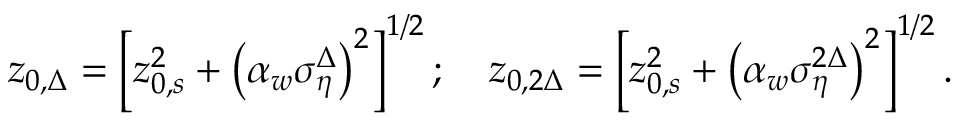
z _ { 0 , \Delta } = \left[ z _ { 0 , s } ^ { 2 } + \left( \alpha _ { w } \sigma _ { \eta } ^ { \Delta } \right) ^ { 2 } \right] ^ { 1 / 2 } ; \quad z _ { 0 , 2 \Delta } = \left[ z _ { 0 , s } ^ { 2 } + \left( \alpha _ { w } \sigma _ { \eta } ^ { 2 \Delta } \right) ^ { 2 } \right] ^ { 1 / 2 } .